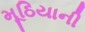
મૂઠિયાની